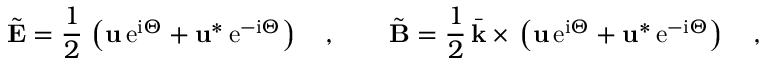
\tilde { { \bf E } } { } = { } \frac { 1 } { 2 } \, \left( { \bf u } \, \mathrm { e } ^ { \mathrm { i } \Theta } { } + { } { \bf u } ^ { * } \, \mathrm { e } ^ { - \mathrm { i } \Theta } \right) \quad , \qquad \tilde { { \bf B } } { } = { } \frac { 1 } { 2 } \, \bar { \bf k } { } \times { } \left( { \bf u } \, \mathrm { e } ^ { \mathrm { i } \Theta } { } + { } { \bf u } ^ { * } \, \mathrm { e } ^ { - \mathrm { i } \Theta } \right) \quad ,